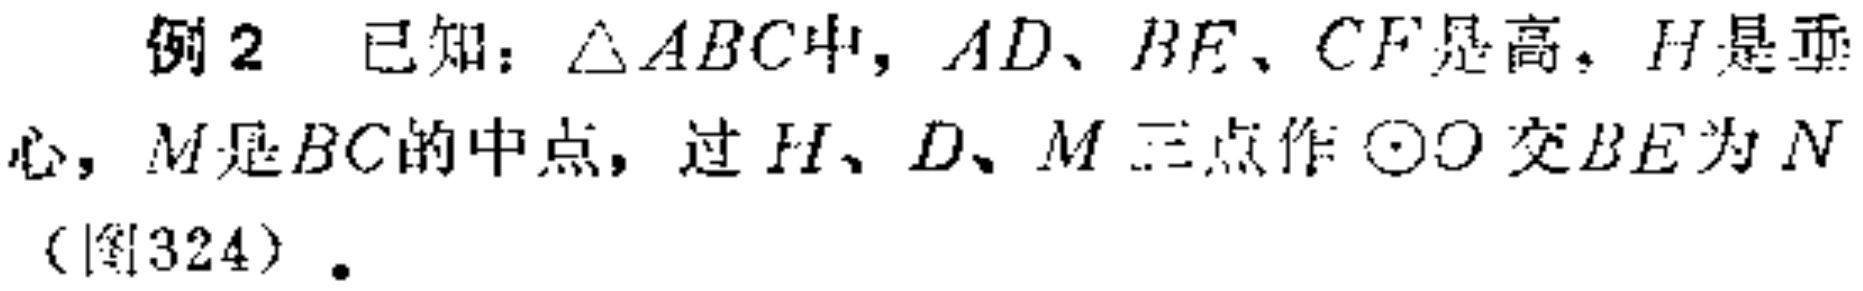
例2 已知：$\triangle ABC$中，$AD、BE、CF$是高，$H$是垂心，$M$是$BC$的中点，过$H、D、M$三点作$\odot O$交$BE$为$N$（图324）.